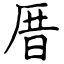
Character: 厝